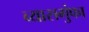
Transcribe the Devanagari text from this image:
व्यासगुंफा